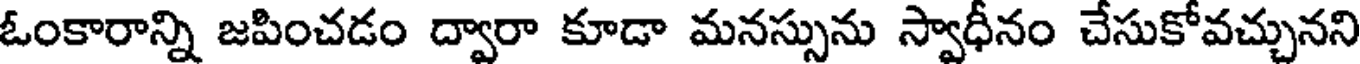
ఓంకారాన్ని జపించడం ద్వారా కూడా మనస్సును స్వాధీనం చేసుకోవచ్చునని